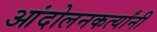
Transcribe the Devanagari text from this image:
आंदोलनकर्त्यांनी